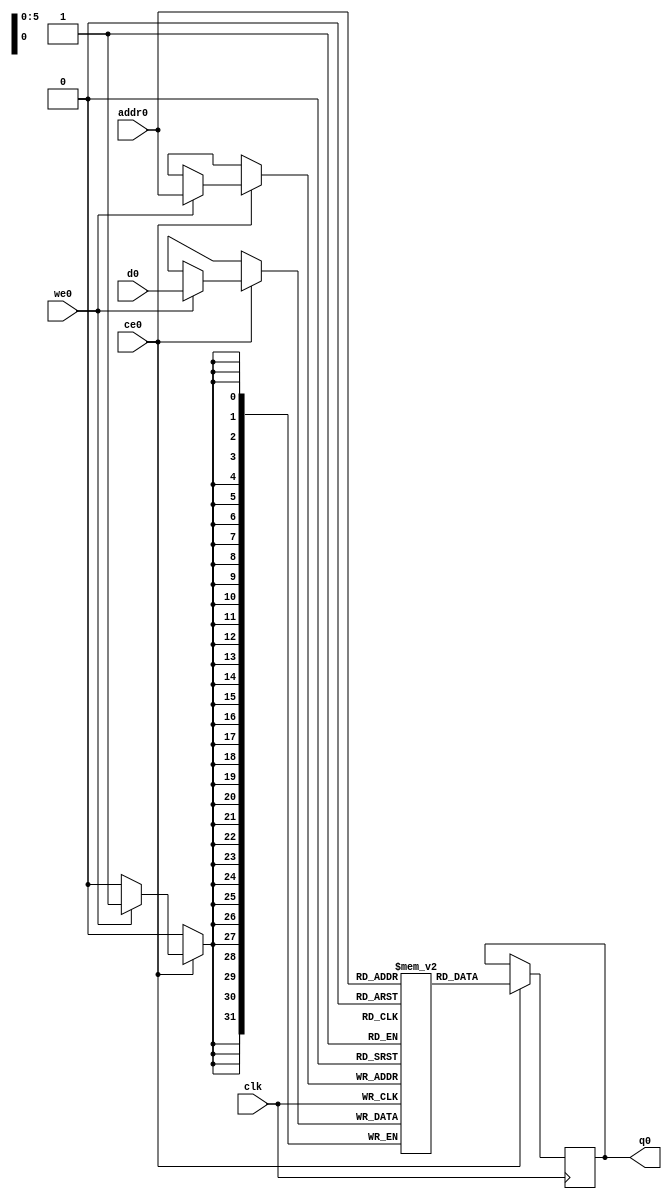
// ==============================================================
// File generated on Thu Apr 02 08:37:47 +0530 2020
// Vivado(TM) HLS - High-Level Synthesis from C, C++ and SystemC v2018.3 (64-bit)
// SW Build 2405991 on Thu Dec  6 23:38:27 MST 2018
// IP Build 2404404 on Fri Dec  7 01:43:56 MST 2018
// Copyright 1986-2018 Xilinx, Inc. All Rights Reserved.
// ==============================================================
`timescale 1 ns / 1 ps
module check_dmem_ram (addr0, ce0, d0, we0, q0,  clk);

parameter DWIDTH = 32;
parameter AWIDTH = 6;
parameter MEM_SIZE = 64;

input[AWIDTH-1:0] addr0;
input ce0;
input[DWIDTH-1:0] d0;
input we0;
output reg[DWIDTH-1:0] q0;
input clk;

(* ram_style = "block" *)reg [DWIDTH-1:0] ram[0:MEM_SIZE-1];




always @(posedge clk)  
begin 
    if (ce0) 
    begin
        if (we0) 
        begin 
            ram[addr0] <= d0; 
        end 
        q0 <= ram[addr0];
    end
end


endmodule

`timescale 1 ns / 1 ps
module check_dmem(
    reset,
    clk,
    address0,
    ce0,
    we0,
    d0,
    q0);

parameter DataWidth = 32'd32;
parameter AddressRange = 32'd64;
parameter AddressWidth = 32'd6;
input reset;
input clk;
input[AddressWidth - 1:0] address0;
input ce0;
input we0;
input[DataWidth - 1:0] d0;
output[DataWidth - 1:0] q0;



check_dmem_ram check_dmem_ram_U(
    .clk( clk ),
    .addr0( address0 ),
    .ce0( ce0 ),
    .we0( we0 ),
    .d0( d0 ),
    .q0( q0 ));

endmodule